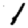
Digit: 1